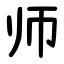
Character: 师